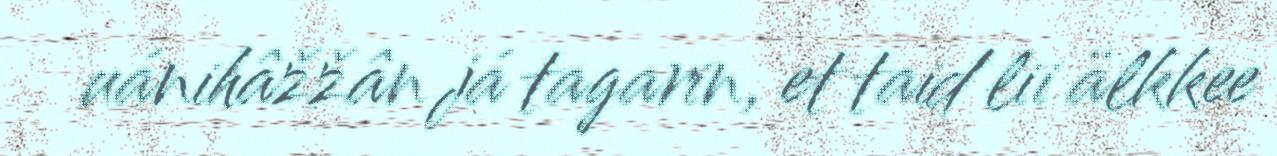
uánihâžžân já tagarin, et taid lii älkkee